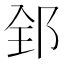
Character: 𨛈